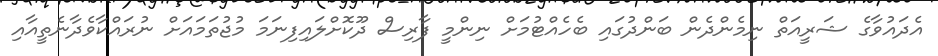
އެދައުވާގެ ޝަރީއަތް ނިމެންދެން ބަންދުގައި ބެހެއްޓުމަށް ނިންމީ ފާރިސް ދޫކޮށްލައިފިނަމަ މުޖުތަމައަށް ނުރައްކާވެދާނެތީއާއި